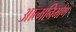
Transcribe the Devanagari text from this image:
आत्मनिर्माण